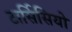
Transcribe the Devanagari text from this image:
टार्सिसियो